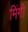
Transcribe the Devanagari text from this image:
मिंगी